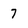
Character: 7